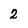
Character: 2